Sketch of the medical history of the native army of Bombay, for the year
Year: 1872
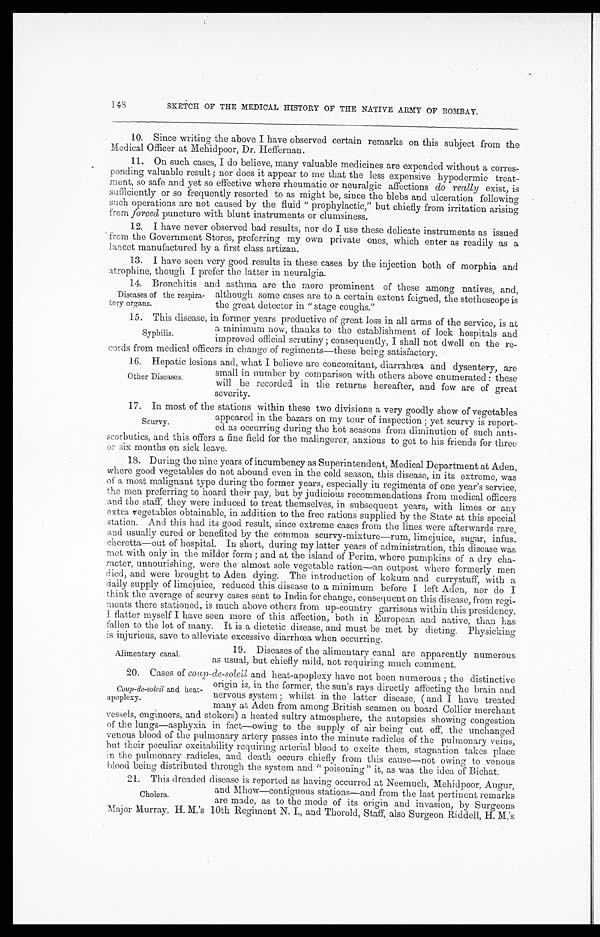
SKETCH OF THE MEDICAL HISTORY OF THE NATIVE ARMY OF BOMBAY.
10.
Since writing the above I have observed certain remarks on this subject from the
Medical Officer at Mehidpoor, Dr. Heffernan.
11.
On such cases, I do believe, many valuable medicines are expended without a corres-
ponding valuable result ; nor does it appear to me that the less expensive hypodermic treat-
ment, so safe and yet so effective where rheumatic or neuralgic affections do really exist, is
sufficiently or so frequently resorted to as might be, since the blebs and ulceration following
such operations are not caused by the fluid " prophylactic," but chiefly from irritation arising
from forced puncture with blunt instruments or clumsiness.
12.
I have never observed bad results, nor do I use these delicate instruments as issued
from the Government Stores, preferring my own private ones, which enter as readily as a
lancet manufactured by a first class artizan.
13.
I have seen very good results in these cases by the injection both of morphia and
atrophine, though I prefer the latter in neuralgia.
14.
Bronchitis and asthma are the more prominent of these among natives, and,
Diseases of the respira-
tory organs.
although some cases are to a certain extent feigned, the stethoscope is
the great detector in " stage coughs."
15. This disease, in former years productive of great loss in all arms of the service, is at
a minimum now, thanks to the establishment of lock hospitals and
improved official scrutiny ; consequently, I shall not dwell on the re-
cords from medical officers in change of regiments—these being satisfactory.
16. Hepatic lesions and, what I believe are concomitant, diarrhœa and dysentery, are
small in number by comparison with others above enumerated : these
will be recorded in the returns hereafter, and few are of great
severity.
17.
In most of the stations within these two divisions a very goodly show of vegetables
appeared in the bazars on my tour of inspection ; yet scurvy is report
ed as occurring during the hot seasons from diminution of such anti-
scorbutics, and this offers a fine field for the malingerer, anxious to get to his friends for three
or six months on sick leave.
18. During the nine years of incumbency as Superintendent, Medical Department at Aden,
where good vegetables do not abound even in the cold season, this disease, in its extreme, was
of a most malignant type during the former years, especially in regiments of one year's service,
the men preferring to hoard their pay, but by judicious recommendations from medical officers
and the staff, they were induced to treat themselves, in subsequent years, with limes or any
extra vegetables obtainable, in addition to the free rations supplied by the State at this special
station. And this had its good result, since extreme cases from the lines were afterwards rare,
and usually cured or benefited by the common scurvy-mixture—rum, limejuice, sugar, infus.
cheretta—out of hospital. In short, during my latter years of administration, this disease was
met with only in the milder form ; and at the island of Perim, where pumpkins of a dry cha-
racter, unnourishing, were the almost sole vegetable ration—an outpost where formerly men
died, and were brought to Aden dying. The introduction of kokum and currystuff, with a
daily supply of limejuice, reduced this disease to a minimum before I left Aden, nor do I
think the average of scurvy cases sent to India for change, consequent on this disease, from regi-
ments there stationed, is much above others from up-country garrisons within this presidency.
I flatter myself I have seen more of this affection, both in European and native, than has
fallen to the lot of many. It is a dietetic disease, and must be met by dieting. Physicking
is injurious, save to alleviate excessive diarrhœa when occurring.
Syphilis.
Other Diseases.
Scurvy.
Alimentary canal.
19. Diseases of the alimentary canal are apparently numerous
as usual, but chiefly mild, not requiring much comment.
20. Cases of coup-de-soleil and heat-apoplexy have not been numerous ; the distinctive
Coup-de-soleil and heat-
apoplexy.
origin is, in the former, the sun's rays directly affecting the brain and
nervous system ; whilst in the latter disease, ( and I have treated
many at Aden from among British seamen on board Collier merchant
vessels, engineers, and stokers) a heated sultry atmosphere, the autopsies showing congestion
of the lungs—asphyxia in fact—owing to the supply of air being cut off, the unchanged
venous blood of the pulmonary artery passes into the minute radicles of the pulmonary veins,
but their peculiar excitability requiring arterial blood to excite them, stagnation takes place
in the pulmonary radicles, and death occurs chiefly from this cause—not owing to venous
blood being distributed through the system and " poisoning" it, as was the idea of Bichat.
21. This dreaded disease is reported as having occurred at Neemuch, Mehidpoor, Augur,
and Mhow—contiguous stations—and from the last pertinent remarks
are made, as to the mode of its origin and invasion, by Surgeons
Cholera.
Major Murray, H. M.'s 10th Regiment N. I., and Thorold, Staff, also Surgeon Riddell, H. M.' s